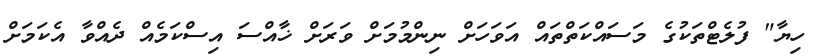
ހިޔާ" ފުލެޓްތަކުގެ މަސައްކަތްތައް އަވަހަށް ނިންމުމަށް ވަރަށް ޚާއްސަ އިސްކަމެއް ދެއްވާ އެކަމަށް